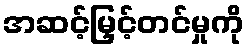
အဆင့်မြှင့်တင်မှုကို